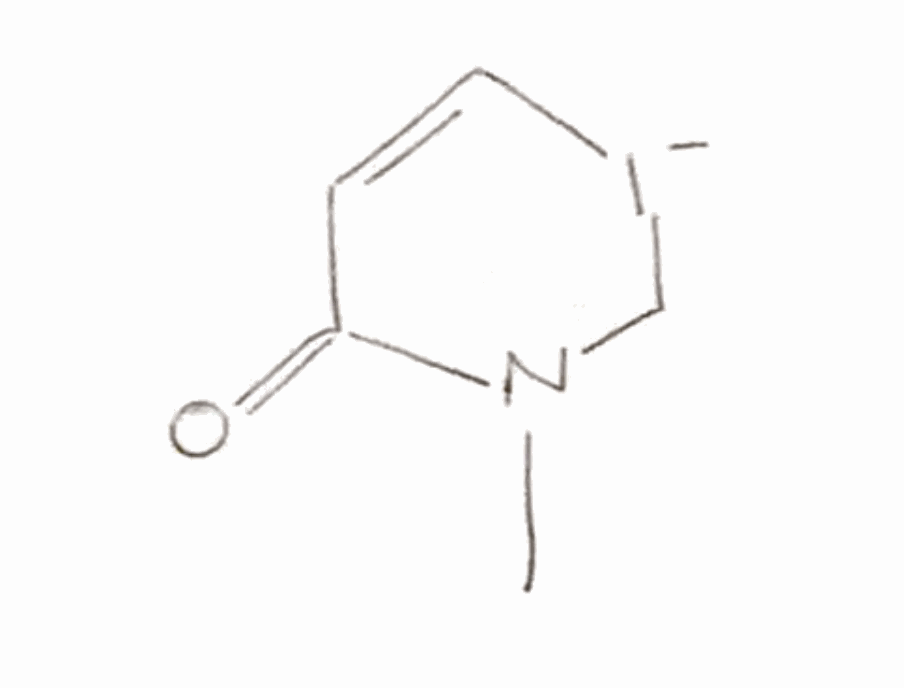
Simplified molecular-input line-entry system (SMILES) notation of the given molecule:
CN1C[I-]C=CC1=O